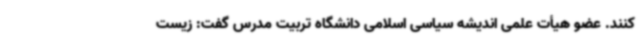
کنند. عضو هیأت علمی اندیشه سیاسی اسلامی دانشگاه تربیت مدرس گفت: زیست